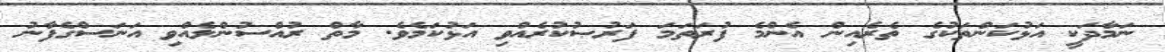
ނަމާދަކީ އަޅުކަންތަކުގެ ތެރެއިން އެންމެ ފުރަތަމަ ފަރުޞުކުރެއްވި އަޅުކަމެވެ. މާތް ރުއްސުންލެއްވި އަނަސްގެފާނު